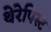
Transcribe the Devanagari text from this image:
थेरेपिस्ट